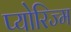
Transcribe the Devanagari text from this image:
प्योरिज्म